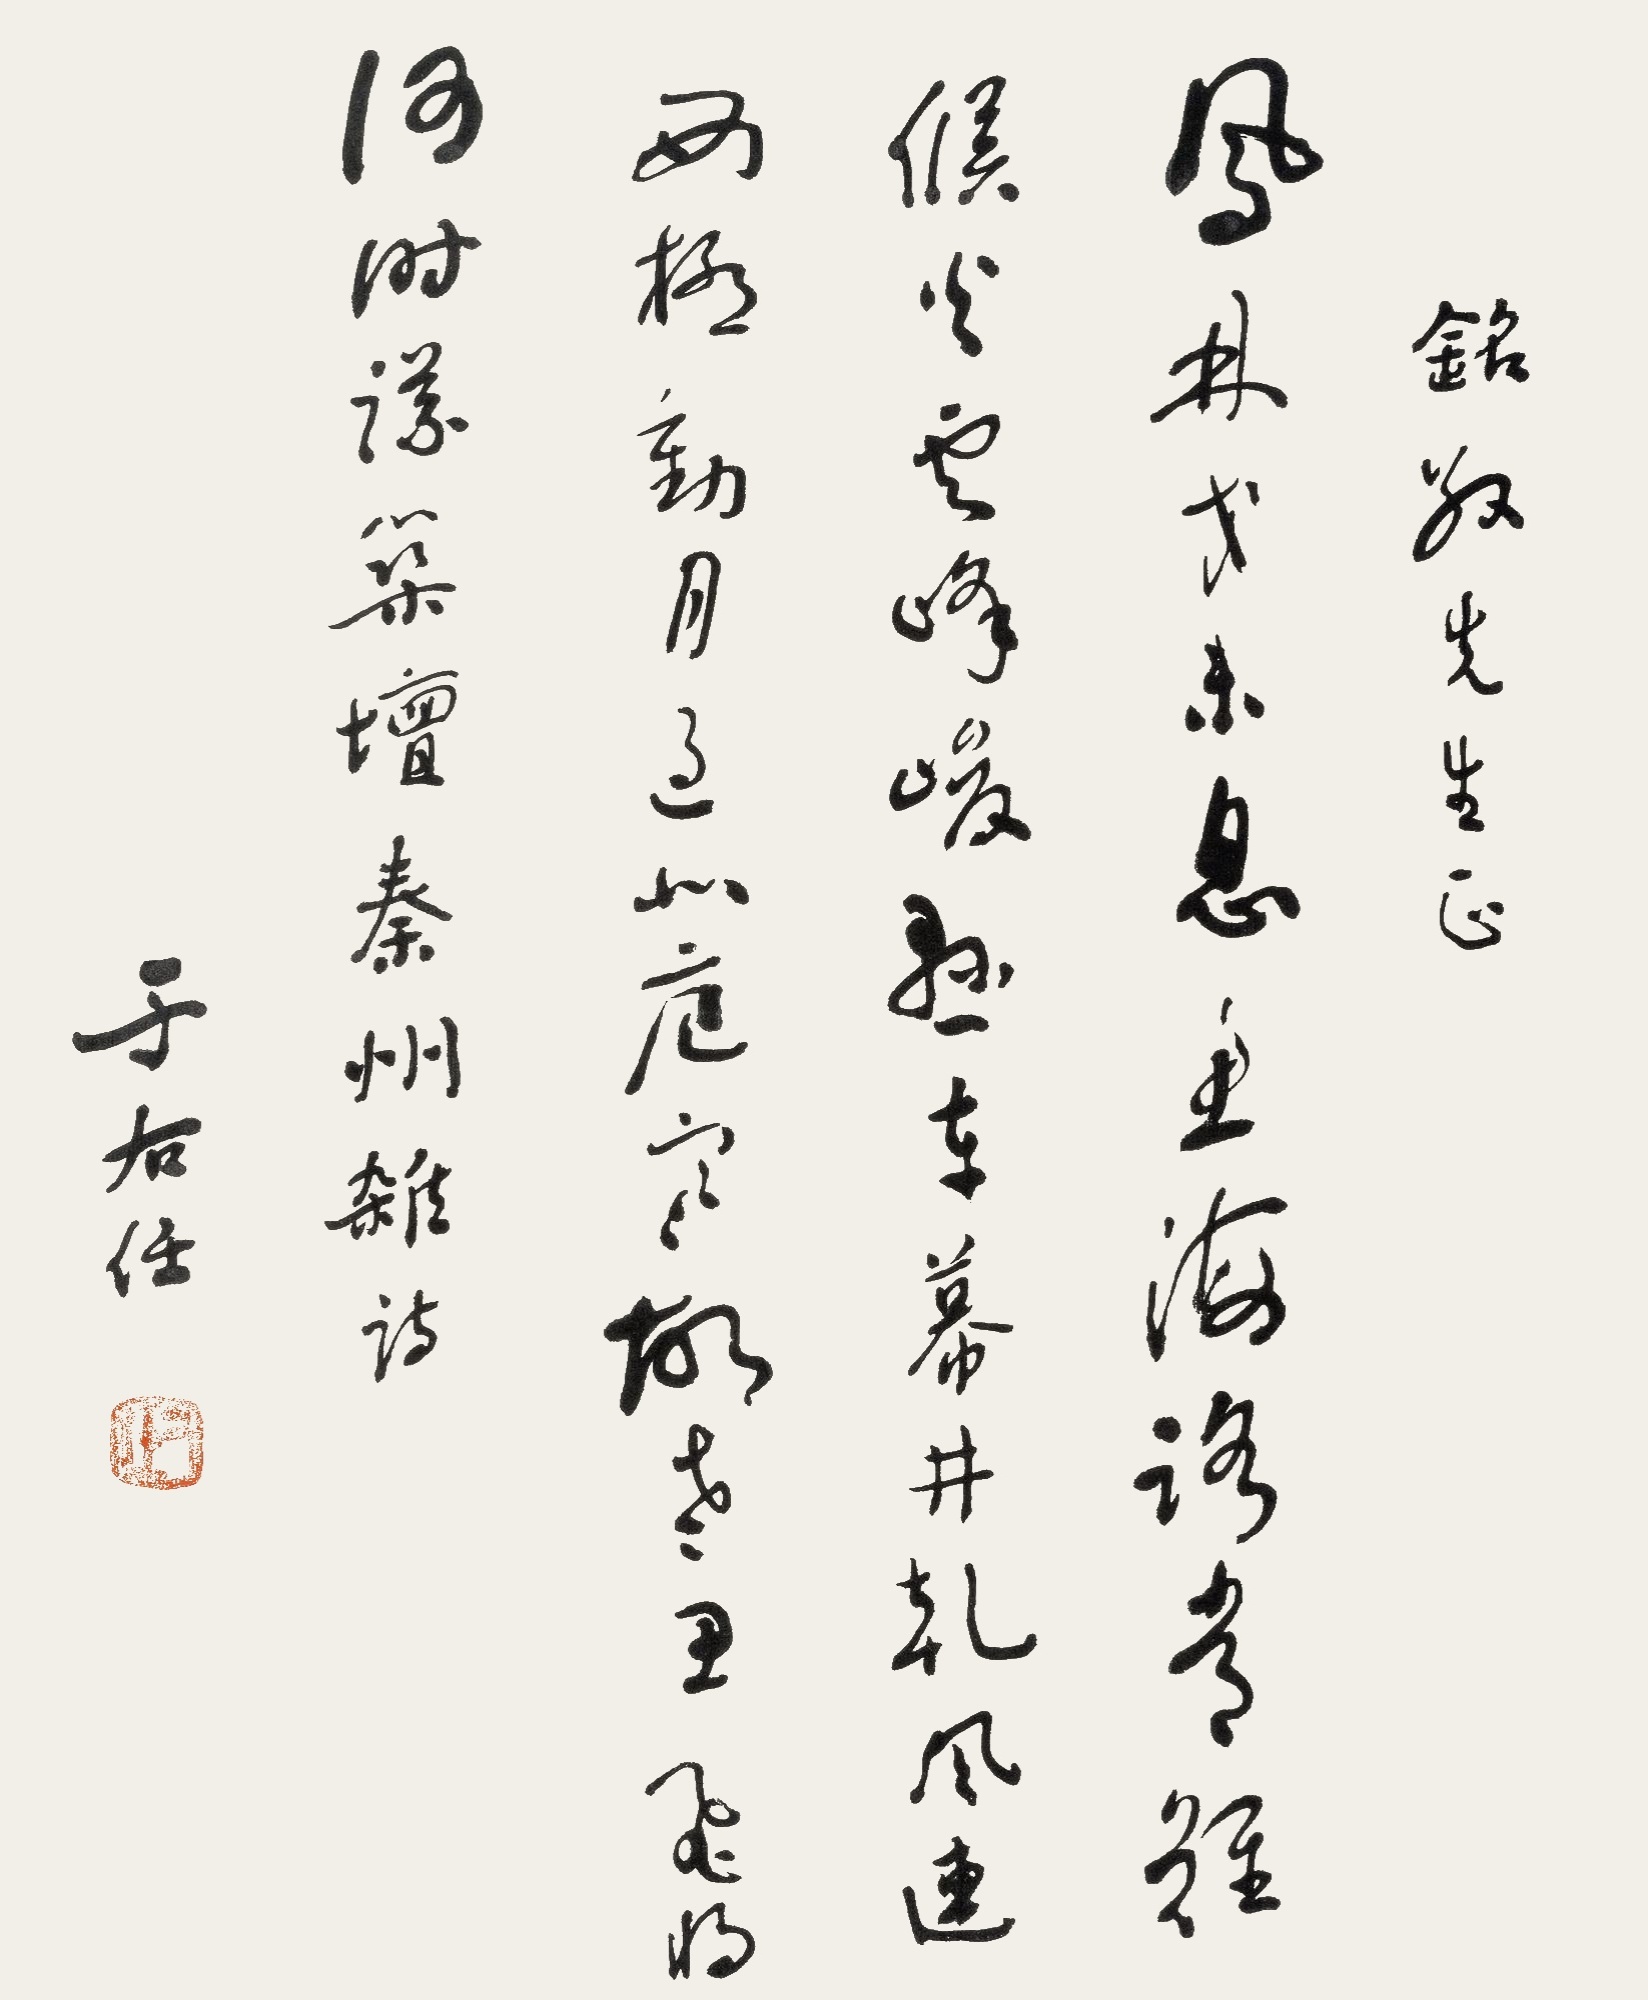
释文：凤林戈未息鱼海路常难候火云烽峻悬车幕井干风连西极动月过北庭寒故老思飞将何时议筑坛秦州杂诗铭敬先生正于右任